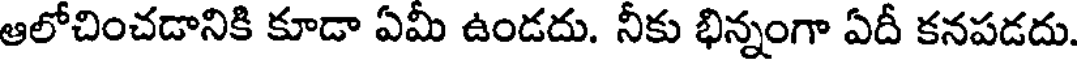
ఆలోచించడానికి కూడా ఏమీ ఉండదు. నీకు భిన్నంగా ఏదీ కనపడదు.